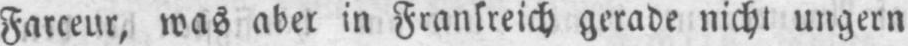
Farceur, was aber in Frankreich gerade nicht ungern